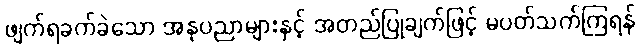
ဖျက်ရခက်ခဲသော အနုပညာများနှင့် အတည်ပြုချက်ဖြင့် မပတ်သက်ကြရန်